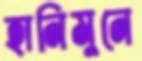
হানিমুনে